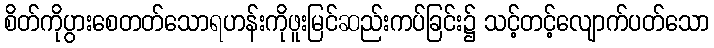
စိတ်ကိုပွားစေတတ်သောရဟန်းကိုဖူးမြင်ဆည်းကပ်ခြင်း၌ သင့်တင့်လျောက်ပတ်သော